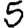
Digit: 5